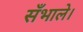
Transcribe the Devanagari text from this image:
सँभाले।